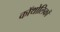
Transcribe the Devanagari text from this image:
कॉथोलिकों